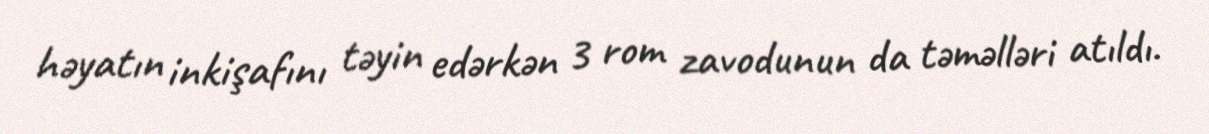
həyatın inkişafını təyin edərkən 3 rom zavodunun da təməlləri atıldı.